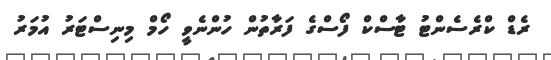
ރެޑް ކްރެސެންޓު ޓާސްކް ފޯސްގެ ފަރާތުން ހުންނެވީ ހޯމް މިނިސްޓަރު އުމަރު